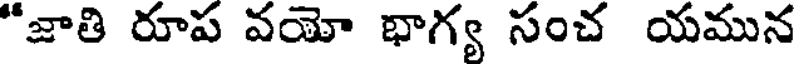
"జాతి రూప వయో భాగ్య సంచ యమున